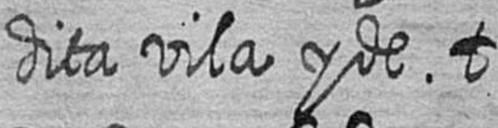
dita vila y de t